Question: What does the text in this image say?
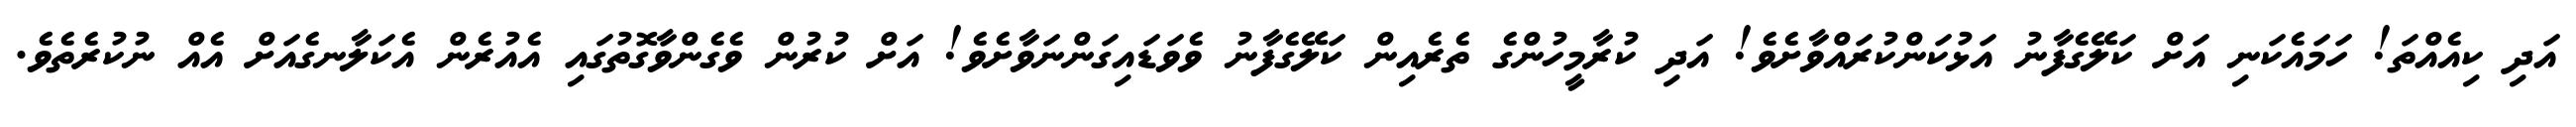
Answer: އަދި ކިއެއްތަ! ހަމައެކަނި އަށް ކަލޭގެފާނު އަޅުކަންކުރައްވާށެވެ! އަދި ކުރާމީހުންގެ ތެރެއިން ކަލޭގެފާނު ވެވަޑައިގަންނަވާށެވެ! އަށް ކުރުން ވެގެންވާގޮތުގައި އެއުރެން އެކަލާނގެއަށް އެއް ނުކުރެތެވެ.